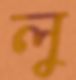
লু